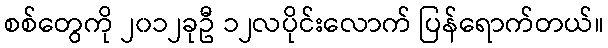
စစ်တွေကို ၂၀၁၂ခုဦ ၁၂လပိုင်းလောက် ပြန်ရောက်တယ်။